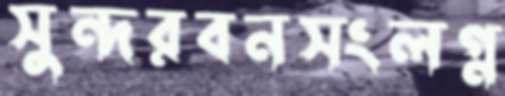
সুন্দরবনসংলগ্ন